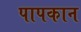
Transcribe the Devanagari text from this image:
पापकान